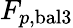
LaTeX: F_{p,{\mathrm{bal}}3}